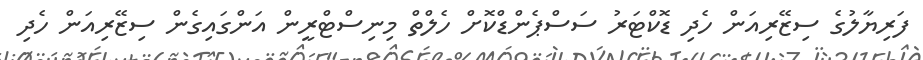
ފަރިޔާލުގެ ސިޒޭރިއަން ހެދި ޑޮކްޓަރު ސަސްޕެންޑްކޮށް ހެލްތް މިނިސްޓްރީން އަންގައިގެން ސިޒޭރިއަން ހެދި